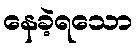
နေခဲ့ရသော